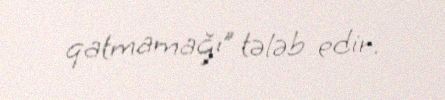
qatmamağı” tələb edir.